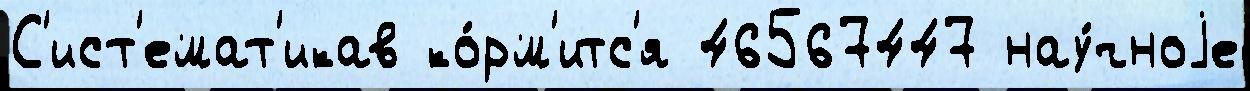
С'ист'емат'икав ко́рм'итс'я 46567447 нау́чноjе